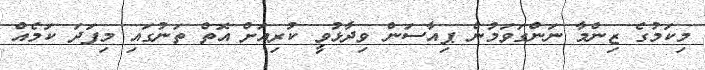
މިކަމުގެ ޒިންމާ ނަންގަވަމުން ޕިއާސަން ވިދާޅުވީ ކުރިއަށް އޮތް ތަނުގައި މިފަދަ ކަމެއް